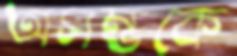
অসম্ভকে